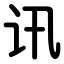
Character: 讯